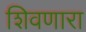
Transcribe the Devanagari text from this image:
शिवणारा